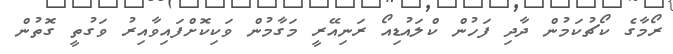
ރޯމާގެ ކޯޗުކަމުން ދާދި ފަހުން ކްލައުޑިއޯ ރަނިއޭރީ މަގާމުން ވަކިކޮށްފައިވާއިރު ވަގުތީ ގޮތުން